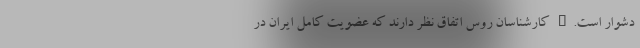
دشوار است." کارشناسان روس اتفاق نظر دارند که عضویت کامل ایران در